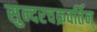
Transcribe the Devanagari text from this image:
सुन्दरचक्रवर्तिन्